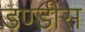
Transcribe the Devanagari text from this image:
डण्डीस